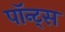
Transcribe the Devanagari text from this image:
पॉन्ट्स